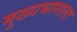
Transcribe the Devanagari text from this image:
मुख्यभागाला